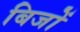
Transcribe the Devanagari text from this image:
बिजों